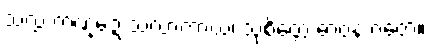
သလ္လံ ကဏ္ဍေ သလာကာယံ၊ သုစိတ္တေ ဓာဝနံ ဂတေ။